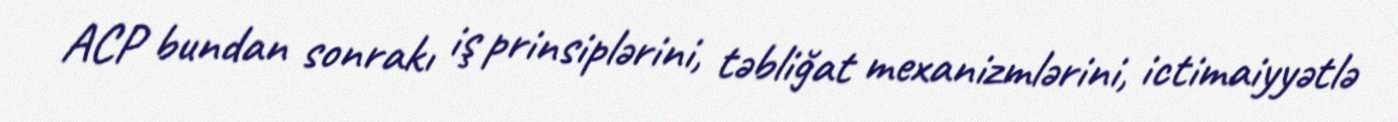
ACP bundan sonrakı iş prinsiplərini, təbliğat mexanizmlərini, ictimaiyyətlə